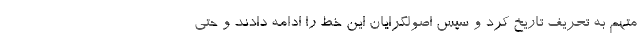
متهم به تحریف تاریخ کرد و سپس اصولگرایان این خط را ادامه دادند و حتی